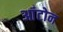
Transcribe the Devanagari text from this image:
आंटोन